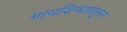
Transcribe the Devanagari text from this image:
गावशिवारातून